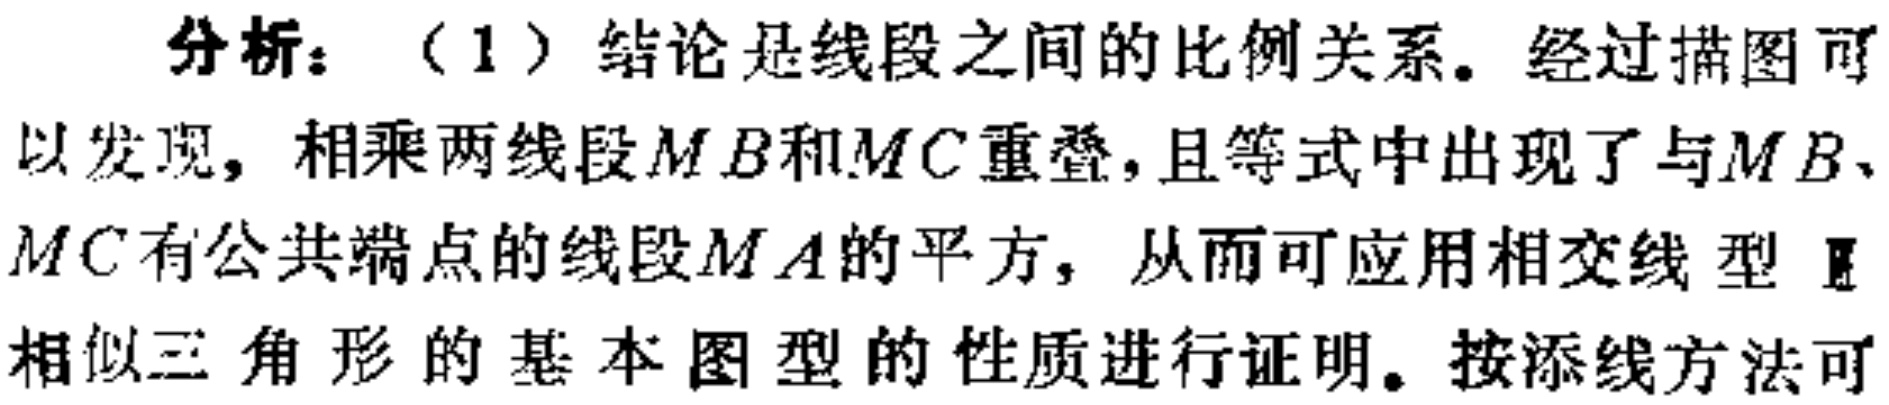
分析：（1）结论是线段之间的比例关系。经过描图可以发现，相乘两线段\(MB\)和\(MC\)重叠，且等式中出现了与\(MB\)、\(MC\)有公共端点的线段\(MA\)的平方，从而可应用相交线型Ⅱ相似三角形的基本图型的性质进行证明。按添线方法可